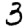
Digit: 3